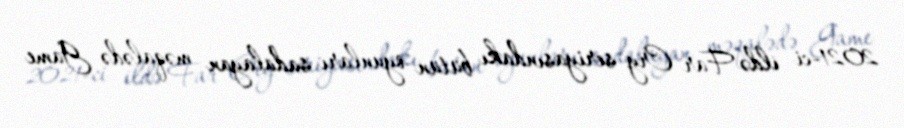
2021-ci ildə Far Cry seriyasındakı bütün oyunları sadalayan məqalədə Game